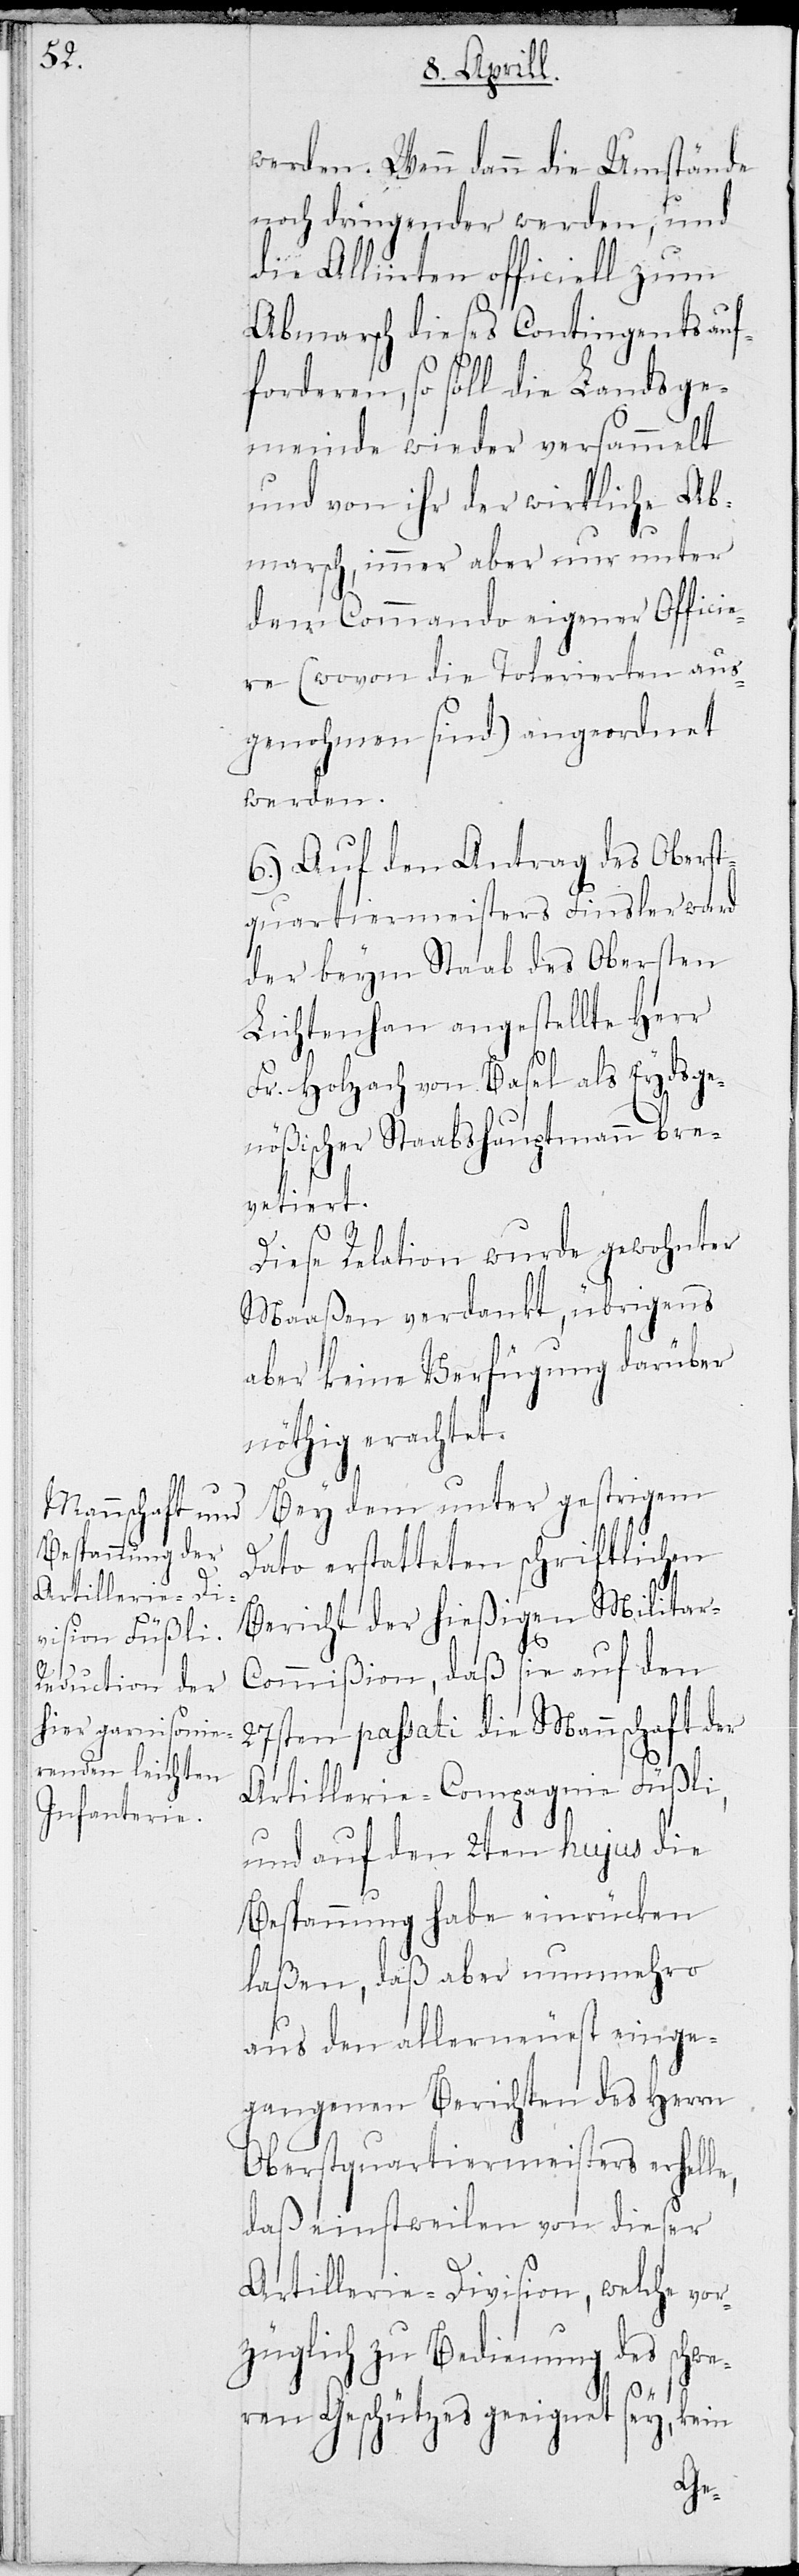
werden. Wenn dann die Umstände
noch dringender werden, und
die Alliirten officiell zum
Abmarsch dieses Contingents auf¬
forderen, so soll die Landsge¬
meinde wieder versammelt
und von ihr der wirkliche Ab¬
marsch, immer aber nur unter
dem Commando eigener Officie¬
re (wovon die Tolerierten aus¬
genohmen sind) angeordnet
werden.
6.) Auf den Antrag des Oberst¬
quartiermeisters Finsler ward
der beym Staab des Obersten
Lichtenhan angestellte Herr
Fr. Holzach von Basel als Eydsge¬
nößischer Staabshauptmann bre¬
vetiert.
Diese Relation wurde gewohnter
Maaßen verdankt, übrigens
aber keine Verfügung darüber
nöthig erachtet.
Bey dem unter gestrigem
Dato erstatteten schriftlichen
Bericht der hießigen Militar-C¬
ommißion, daß sie auf den
27ten passati die Mannschaft der
Artillerie-Compagnie Füßli,
und auf den 2ten hujus die
Bespannung habe einrücken
laßen, daß aber nunmehro
aus den allerneust einge¬
gangenen Berichten des Herrn
Oberstquartiermeister erhelle,
daß einstweilen von dieser
Artillerie-Division, welche vo¬
rzüglich zu Bedienung des schwe¬
ren Geschützes geeignet sey, kein